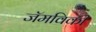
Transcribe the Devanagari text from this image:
जॅमविकी